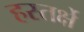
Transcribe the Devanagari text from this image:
हस्तर्क्षे